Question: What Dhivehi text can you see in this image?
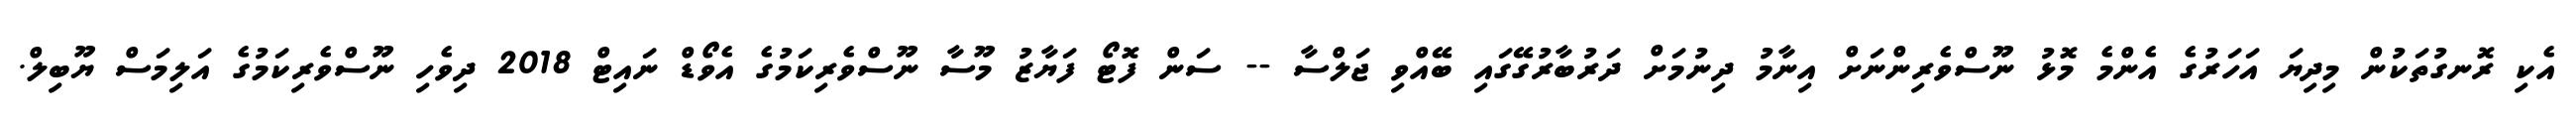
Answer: އެކި ރޮނގުތަކުން މިދިޔަ އަހަރުގެ އެންމެ މޮޅު ނޫސްވެރިންނަށް އިނާމު ދިނުމަށް ދަރުބާރުގޭގައި ބޭއްވި ޖަލްސާ -- ސަން ފޮޓޯ ފަޔާޒު މޫސާ ނޫސްވެރިކަމުގެ އެވޯޑް ނައިޓް 2018 ދިވެހި ނޫސްވެރިކަމުގެ އަލިމަސް ޔޫބިލް.